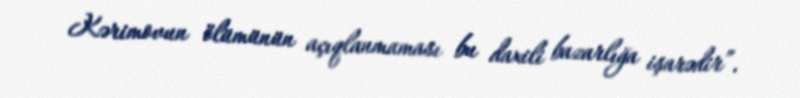
Kərimovun ölümünün açıqlanmaması bu daxili bazarlığa işarədir”.